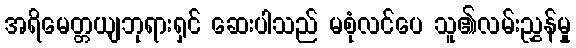
အရိမေတ္တယျဘုရားရှင် ဆေးပါသည် မစုံလင်ပေ သူ၏လမ်းညွှန်မှု